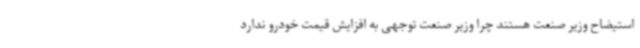
استیضاح وزیر صنعت هستند چرا وزیر صنعت توجهی به افزایش قیمت خودرو ندارد